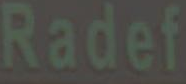
Radef